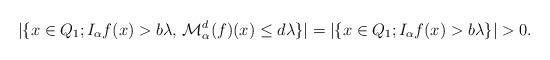
LaTeX: \begin{align*}|\{x\in Q_1; I_\alpha f(x)>b\lambda,\,\mathcal{M}_\alpha^d({f})(x)\le d\lambda\}|=|\{x\in Q_1; I_\alpha f(x)>b\lambda \}|>0.\end{align*}